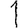
Digit: 1